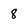
Character: 8